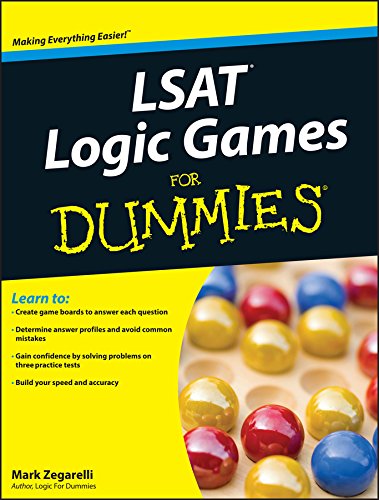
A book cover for LSAT Logic Games For Dummies; Mark Zegarelli; Test Preparation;